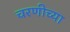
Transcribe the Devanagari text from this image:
चरणीच्या